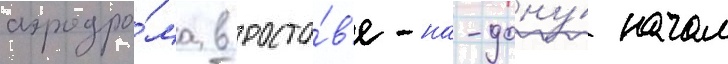
аэродро́ма в росто́в'е-на-дону́ начал